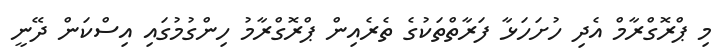
މި ޕްރޮގްރާމް އެދި ހުށަހަޅާ ފަރާތްތަކުގެ ތެރެއިން ޕްރޮގްރާމު ހިންގުމުގައި އިސްކަން ދޭނީ